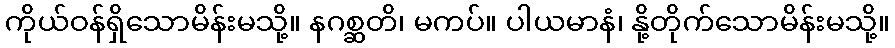
ကိုယ်ဝန်ရှိသောမိန်းမသို့။ နဂစ္ဆတိ၊ မကပ်။ ပါယမာနံ၊ နို့တိုက်သောမိန်းမသို့။